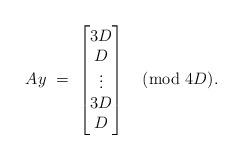
LaTeX: \begin{align*}A y\ =\ \begin{bmatrix}3D \\D \\\vdots \\3D \\D\end{bmatrix} \pmod{4D} .\end{align*}